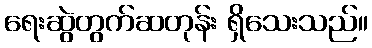
ရေးဆွဲတွက်ဆတုန်း ရှိသေးသည်။